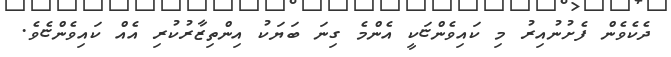
ދެކެވެން ފެށުނުއިރު މި ކައިވެންޏަކީ އެންމެ ގިނަ ބަޔަކު އިންތިޒާރުކުރި އެއް ކައިވެންޏެވެ.